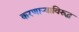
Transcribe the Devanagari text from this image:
करणार्‍याविरुद्ध